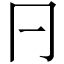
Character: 𠔼